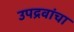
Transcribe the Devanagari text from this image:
उपद्रवांचा